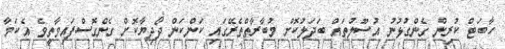
ހާބަޓް ކުރިން ގެންގުޅުނު އުސޫލުތައް ބަދަލުކޮށް މުބާރާތްތެރޭގައި ކަންކަން ދޯދިޔާކޮށް ގެންގޮސްފައިވާތީވެ އެކަމާ